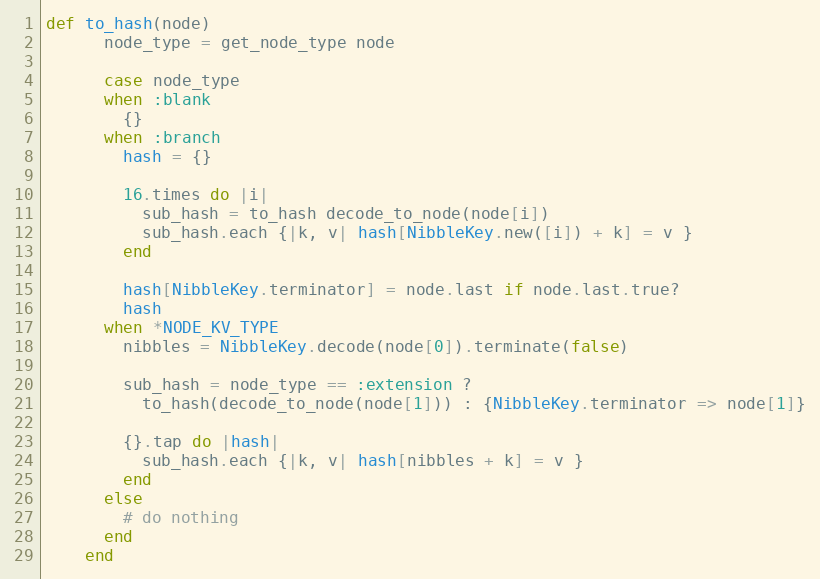
Language: Ruby
def to_hash(node)
      node_type = get_node_type node

      case node_type
      when :blank
        {}
      when :branch
        hash = {}

        16.times do |i|
          sub_hash = to_hash decode_to_node(node[i])
          sub_hash.each {|k, v| hash[NibbleKey.new([i]) + k] = v }
        end

        hash[NibbleKey.terminator] = node.last if node.last.true?
        hash
      when *NODE_KV_TYPE
        nibbles = NibbleKey.decode(node[0]).terminate(false)

        sub_hash = node_type == :extension ?
          to_hash(decode_to_node(node[1])) : {NibbleKey.terminator => node[1]}

        {}.tap do |hash|
          sub_hash.each {|k, v| hash[nibbles + k] = v }
        end
      else
        # do nothing
      end
    end